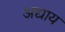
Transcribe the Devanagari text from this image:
अद्याय